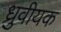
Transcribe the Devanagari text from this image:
ध्रुवीयक